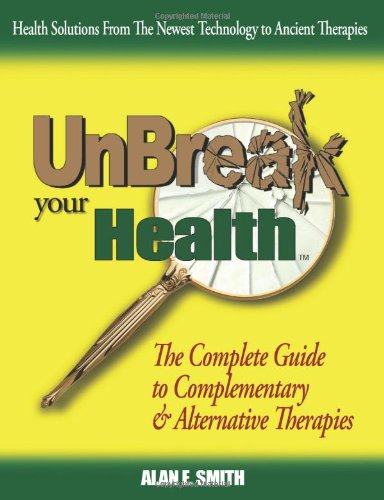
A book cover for Unbreak Your Health: The Complete Guide to Complementary & Alternative Therapies; Alan E. Smith; Health, Fitness & Dieting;